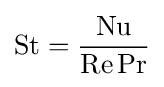
\mathrm {St} ={\frac {\mathrm {Nu} }{\mathrm {Re} \,\mathrm {Pr} }}